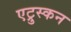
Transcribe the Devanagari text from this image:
एट्रुस्कन